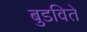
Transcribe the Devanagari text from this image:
बुडविते